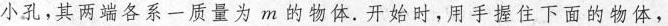
小孔，其两端各系一质量为m的物体。开始时。用手握住下面的物体，桌